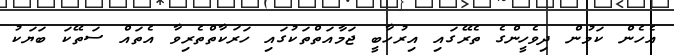
އެހެން ކަމުން ދިވެހީންގެ ތެރޭގައި އިރުހާބީ ޖަމާއަތްތަކުގައި ހަރަކާތްތެރިވާ އެތައް ސަތޭކަ ބަޔަކު